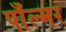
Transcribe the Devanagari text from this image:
पाँल्मर